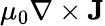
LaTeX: \mu_{0}\nabla\times{\mathbf J}